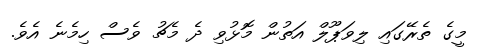
މީގެ ތެރޭގައި ލިވަޕޫލް އަތުން މޮޅުވި ދެ މެޗު ވެސް ހިމެނެ އެވެ.